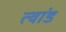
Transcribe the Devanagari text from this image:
त्वांड